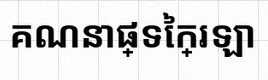
គណនាផ្ទៃក្រឡា